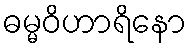
ဓမ္မဝိဟာရိနော